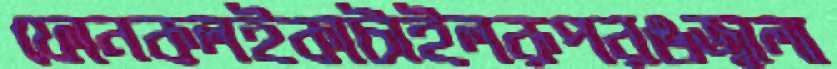
ফোনকলইকাটাইলরূপরঙজ্বালা